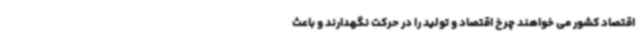
اقتصاد کشور می خواهند چرخ اقتصاد و تولید را در حرکت نگهدارند و باعث